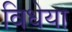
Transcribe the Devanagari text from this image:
विधेया